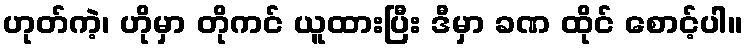
ဟုတ်ကဲ့၊ ဟိုမှာ တိုကင် ယူထားပြီး ဒီမှာ ခဏ ထိုင် စောင့်ပါ။